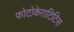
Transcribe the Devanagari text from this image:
फोटोकेराटिटिस